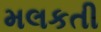
મલકતી